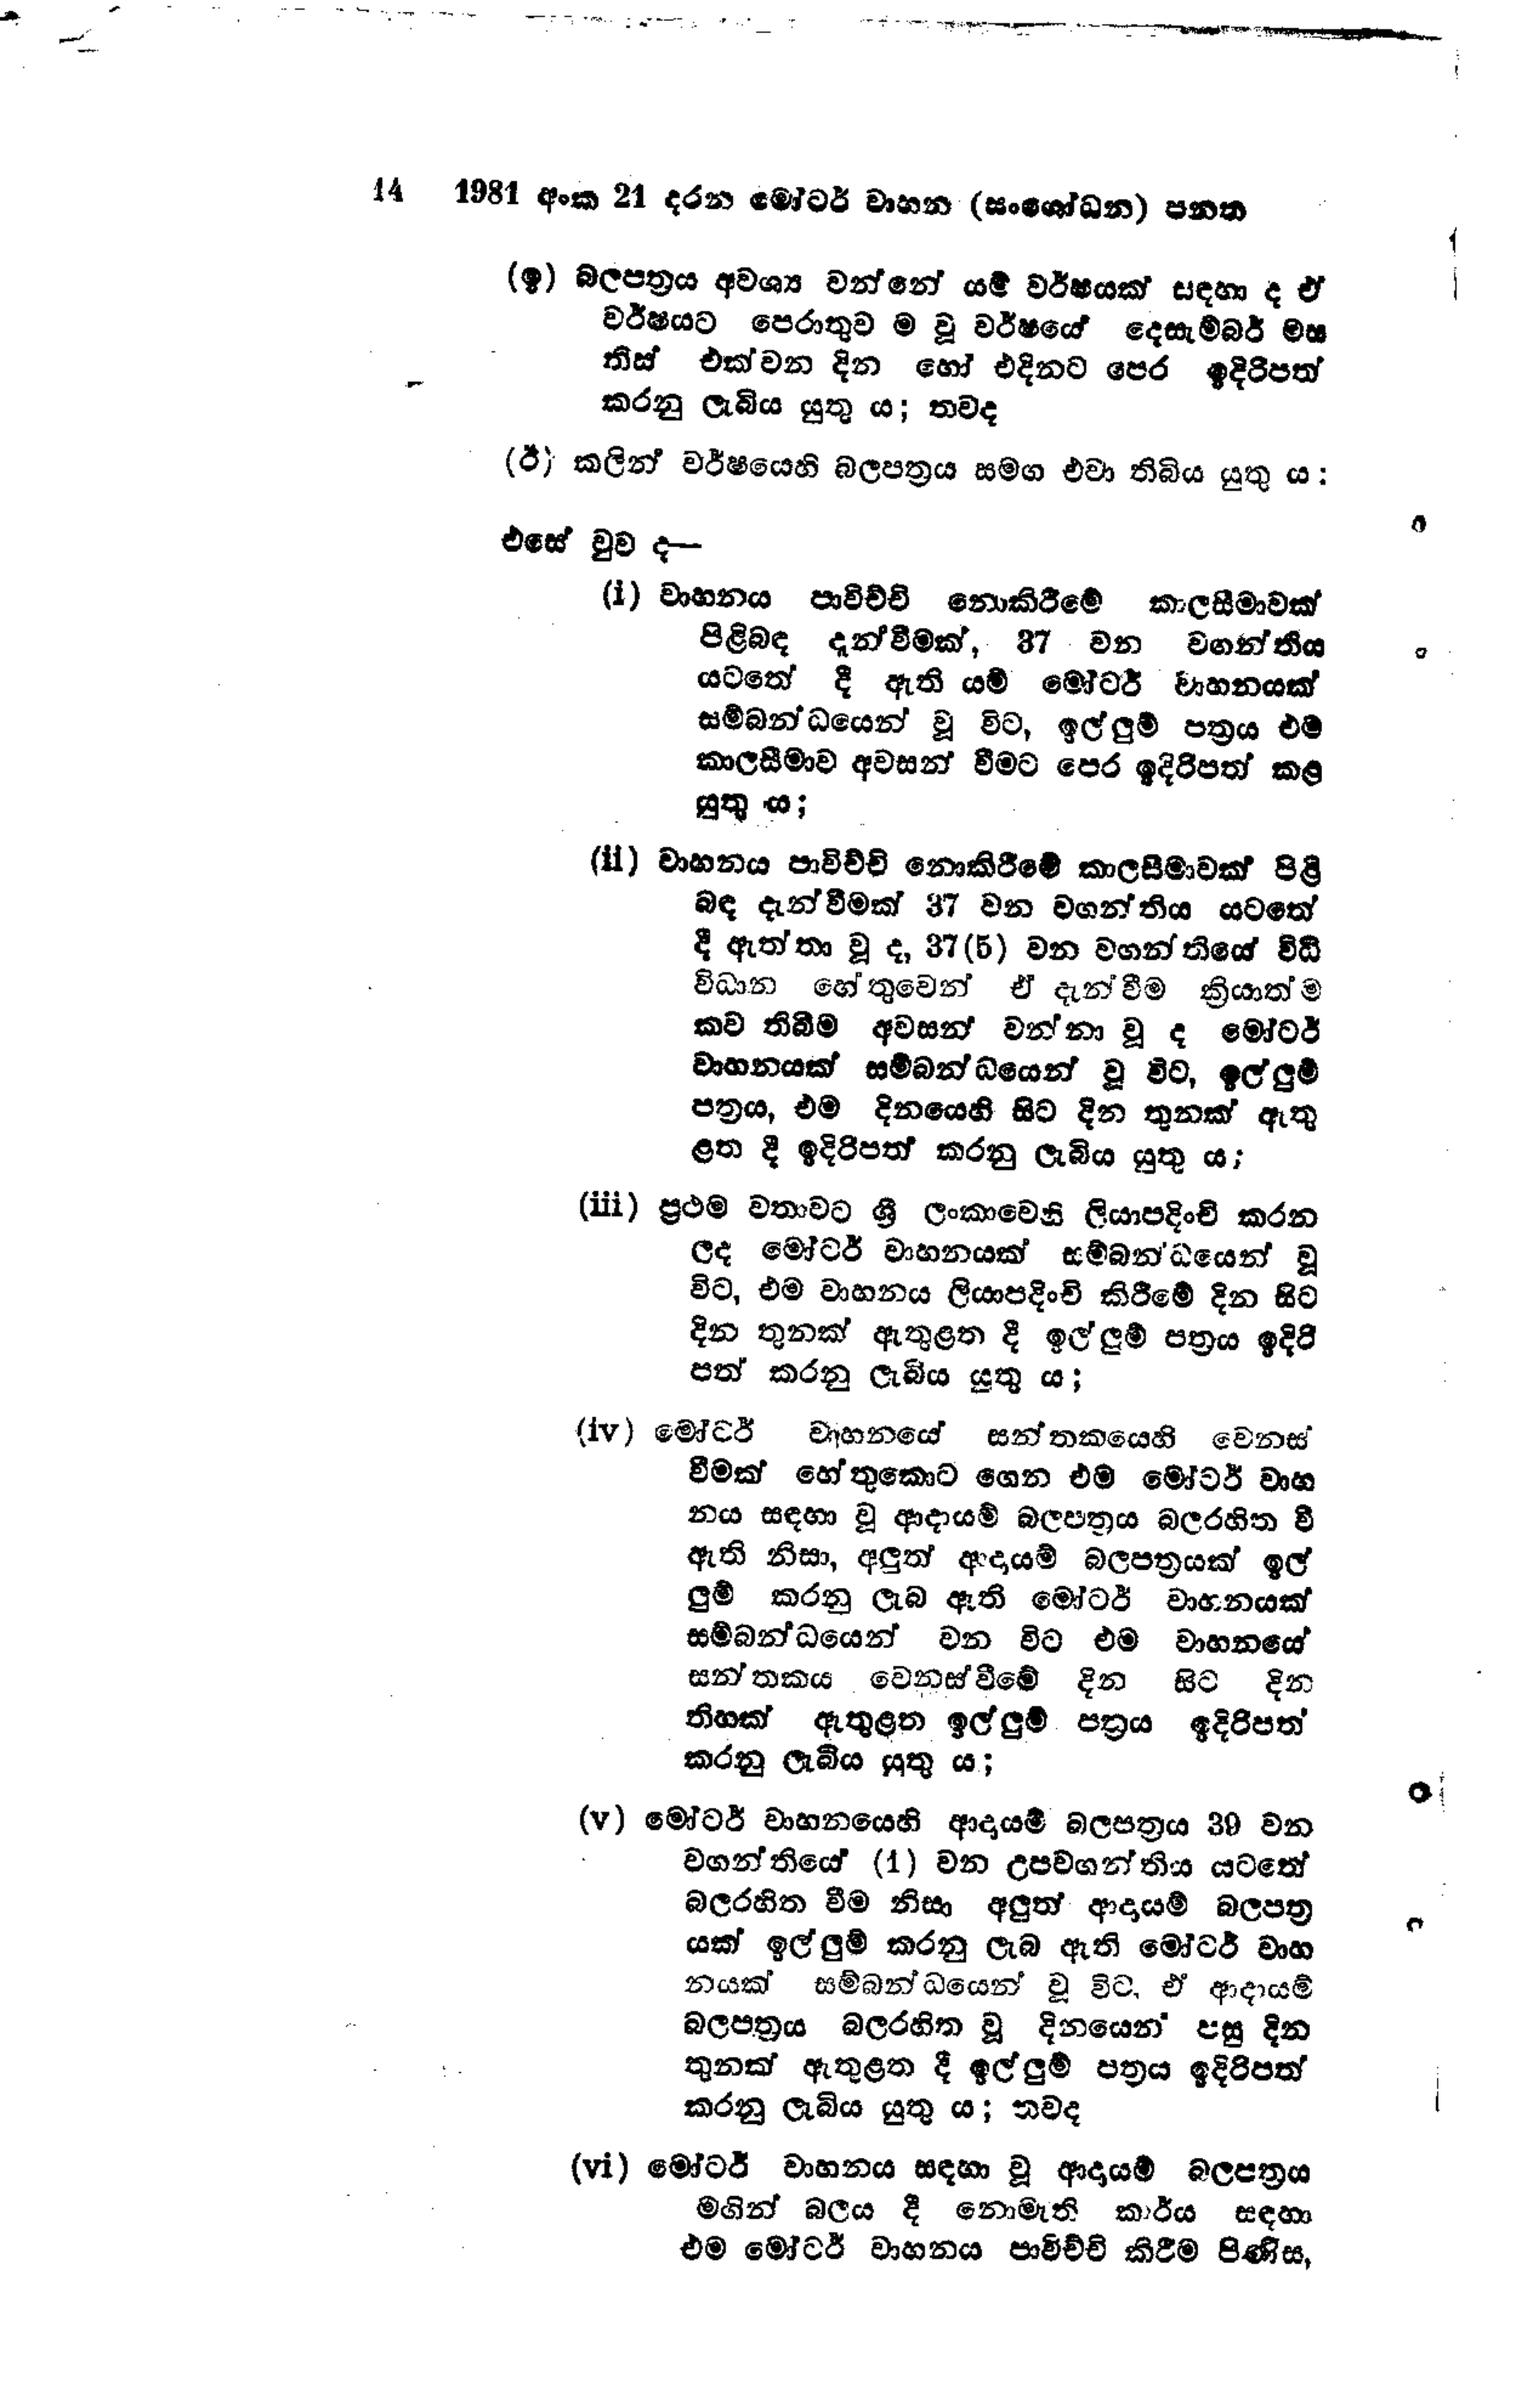
14 	1981 අංක 21 දරන මෝටර් වාහන (සංශෝධන) පනත

(ඉ) බලපත්‍රය අවශ්‍ය වන්නේ යම් වර්ෂයක් සඳහා ද ඒ
වර්ෂයට පෙරාතුව ම වූ වර්ෂයේ දෙසැම්බර් මස
තිස් එක්වන දින හෝ එදිනට පෙර ඉදිරිපත්
කරනු ලැබිය යුතු ය; තවද

(ඊ) කලින් වර්ෂයෙහි බලපත්‍රය සමග එවා තිබිය යුතුය:

එසේ වුව ද --

(i) වාහනය පාවිච්චි නොකිරීමේ කාලසීමාවක්
පිළිබඳ දැන්වීමක්, 37 වන වගන්තිය
යටතේ දී ඇති යම් මෝටර් වාහනයක්
සම්බන්ධයෙන් වූ විට, ඉල්ලුම් පත්‍රය එම
කාල සීමාව අවසන් වීමට පෙර ඉදිරිපත් කළ
යුතු ය;

(ii) වාහනය පාවිච්චි නොකිරීමේ කාලසීමාවක් පිළි
බඳ දැන්වීමක් 37 වන වගන්තිය යටතේ
දී ඇත්තා වූද, 37 (5) වන වගන්තියේ විධි
විධාන හේතුවෙන් ඒ දැන්වීම ක්‍රියාත්ම
කව තිබීම අවසන් වන්නා වූ ද මෝටර්
වාහනයක් සම්බන්ධයෙන් වූ විට, ඉල්ලුම්
පත්‍රය, එම දිනයෙහි සිට දින තුනක් ඇතු
ළත දී ඉදිරිපත් කරනු ලැබිය යුතු ය;

(iii) ප්‍රථම වතාවට ශ්‍රී ලංකාවෙහි ලියාපදිංචි කරන
ලද මෝටර් වාහනයක් සම්බන්ධයෙන් වූ
විට, එම වාහනය ලියාපදිංචි කිරීමේ දින සිට
දින තුනක් ඇතුළත දී ඉල්ලුම් පත්‍රය ඉදිරි
පත් කරනු ලැබිය යුතු ය;

(iv) මෝටර් වාහනයේ සන්තකයෙහි වෙනස්
වීමක් හේතුකොට ගෙන එම මෝටර් වාහ
නය සඳහා වූ ආදායම් බලපත්‍රය බලරහිත වී
ඇති නිසා, අලුත් ආදායම් බලපත්‍රයක් ඉල්
ලුම් කරනු ලැබ ඇති මෝටර් වාහනයක්
සම්බන්ධයෙන් වන විට එම වාහනයේ
සන්තකය වෙනස්වීමේ දින සිට දින
තිහක් ඇතුළත ඉල්ලුම් පත්‍රය ඉදිරිපත්
කරනු ලැබිය යුතු ය;

(v) මෝටර් වාහනයෙහි ආදායම් බලපත්‍රය 39 වන
වගන්තියේ (1) වන උපවගන්තිය යටතේ
බලරහිත වීම නිසා අලුත් ආදායම් බලපත්‍ර
යක් ඉල්ලුම් කරනු ලැබ ඇති මෝටර් වාහ
නයක් සම්බන්ධයෙන් වූ විට, ඒ ආදායම්
බලපත්‍රය බල රහිත වූ දිනයෙන් පසු දින
තුනක් ඇතුළත දී ඉල්ලුම් පත්‍රය ඉදිරිපත්
කරනු ලැබිය යුතු ය; තවද

(vi ) මෝටර් වාහනය සඳහා වූ ආදායම් බලපත්‍රය
මගින් බලය දී නොමැති කාර්ය සඳහා
එම මෝටර් වාහනය පාවිච්චි කිරීම පිණිස,